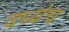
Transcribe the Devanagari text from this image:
दध्यंच